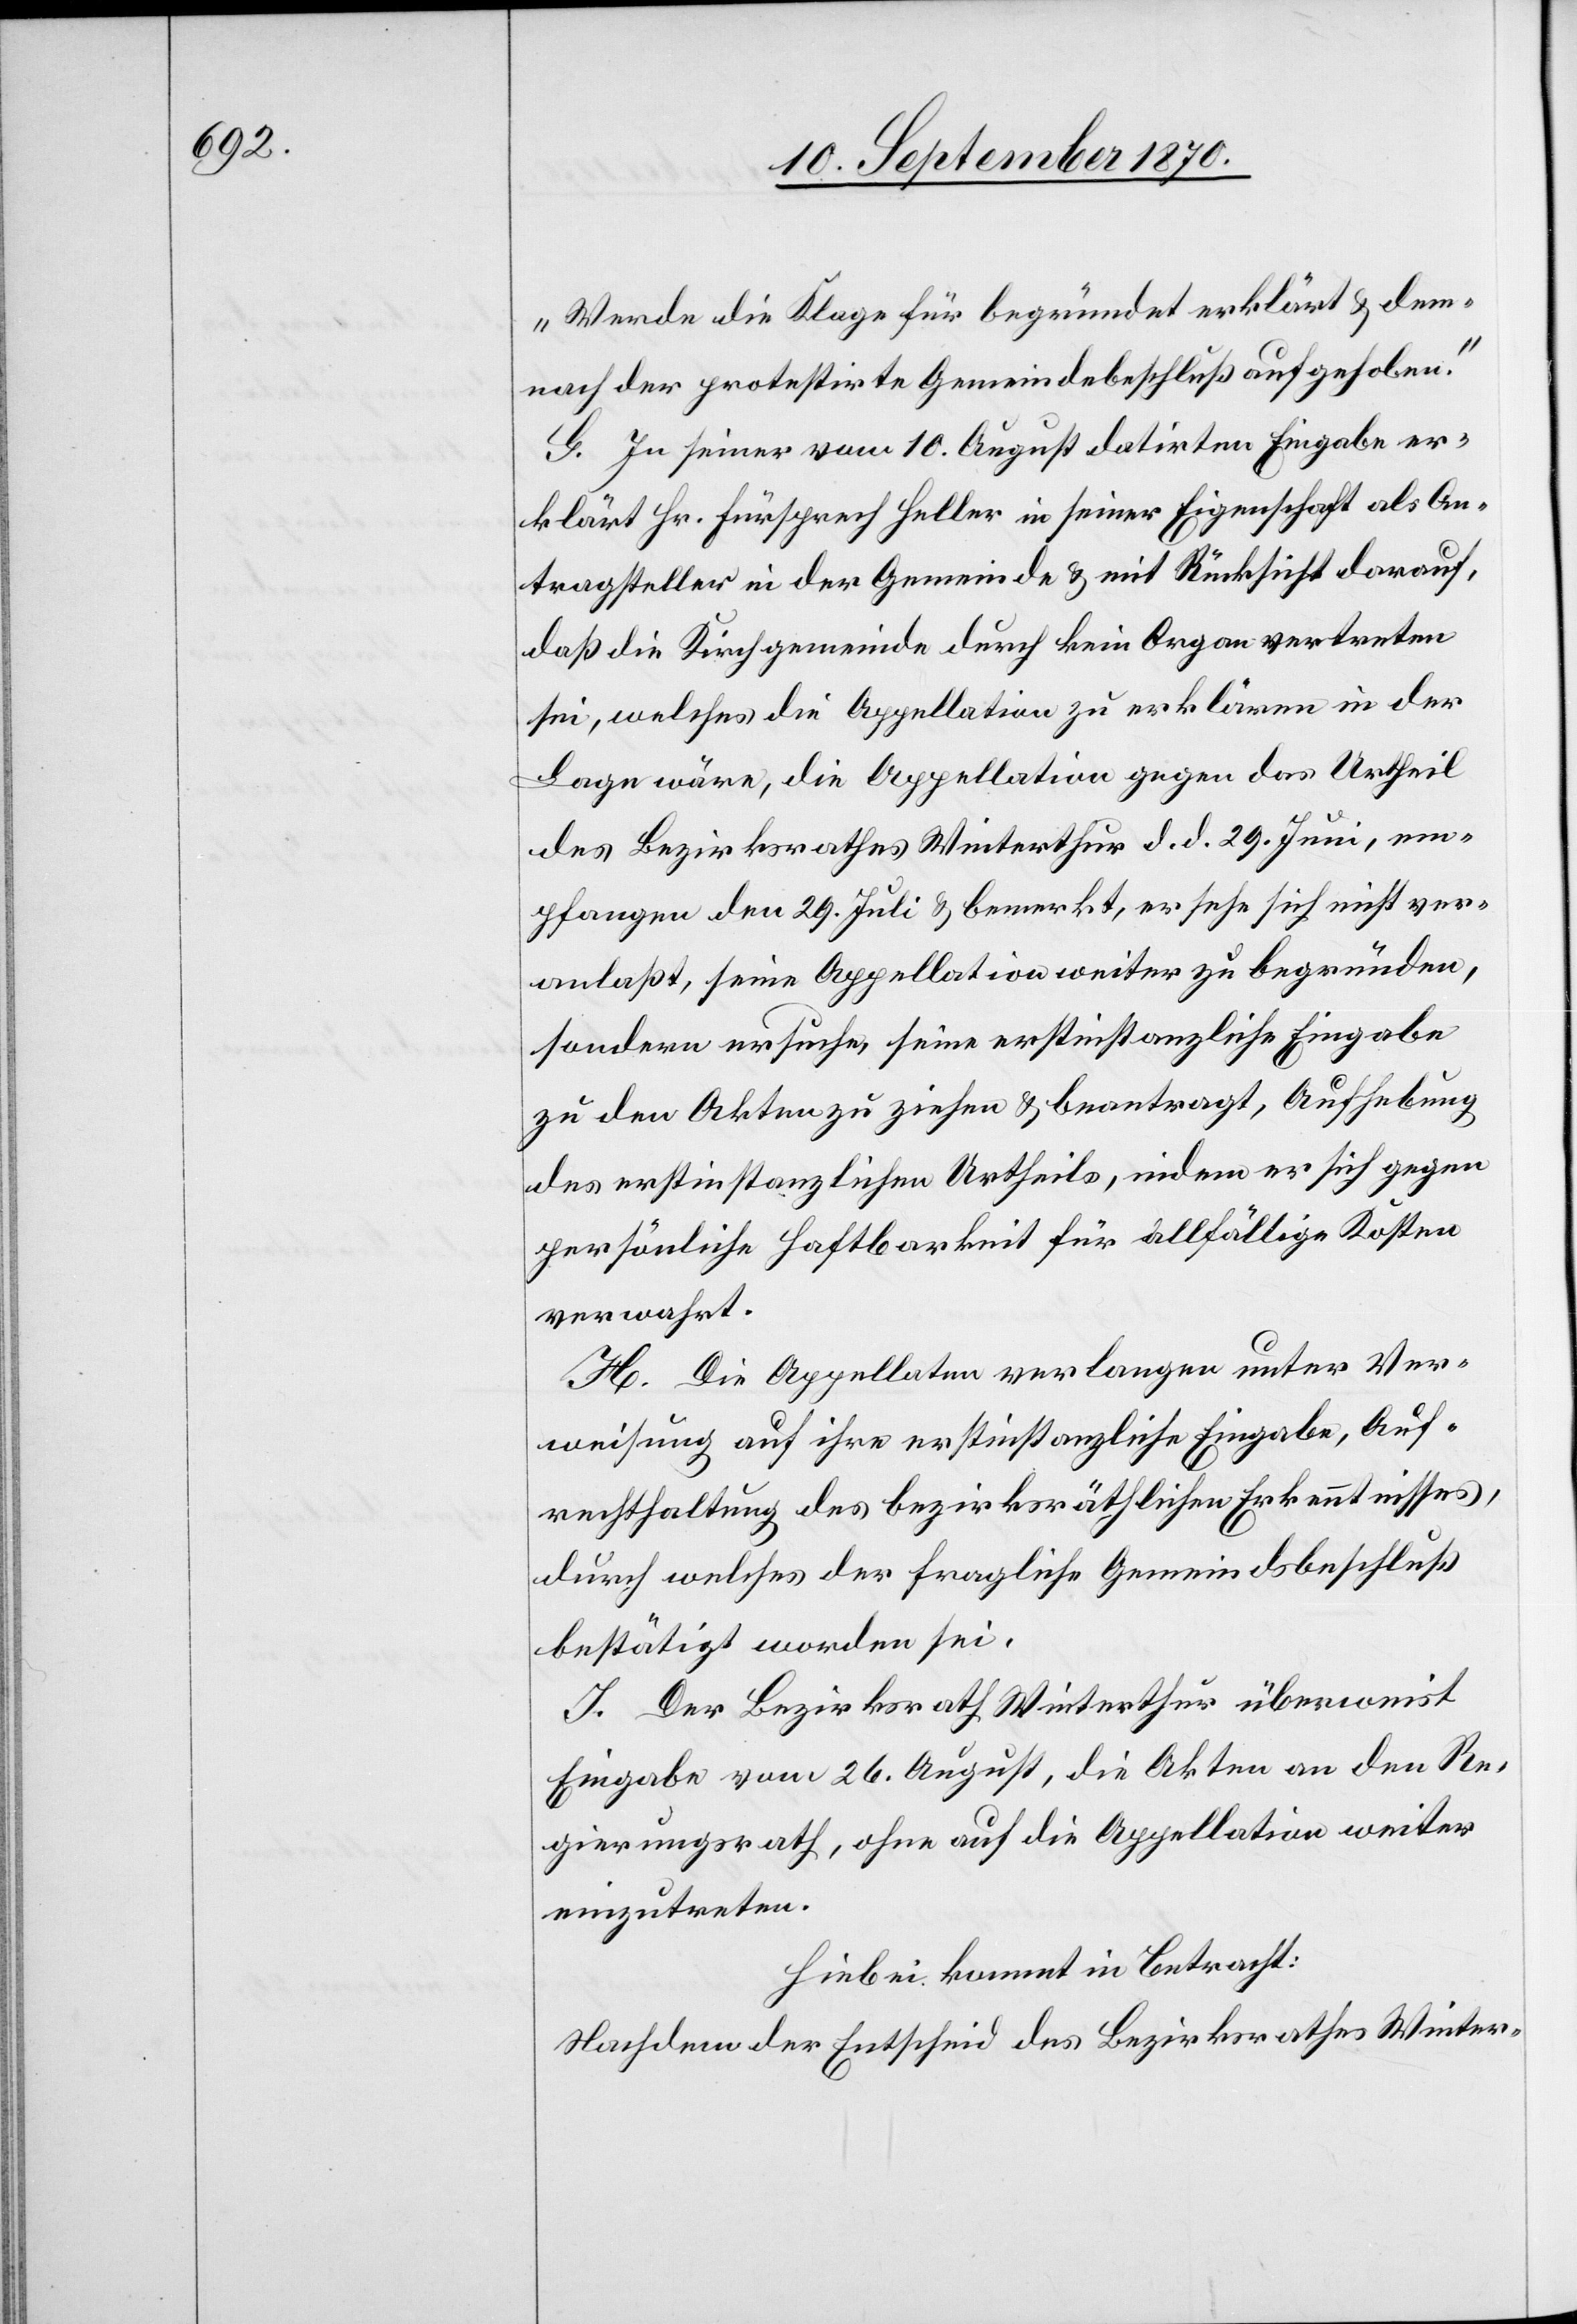
„Werde die Klage für begründet erklärt & dem¬
nach der protestirte Gemeindebeschluß aufgehoben.“
G. In seiner vom 10. August datirten Eingabe er¬
klärt Hr. Fürsprech Heller in seiner Eigenschaft als An¬
tragsteller in der Gemeinde & mit Rücksicht darauf,
daß die Kirchgemeinde durch kein Organ vertreten
sei, welches die Appellation zu erklären in der
Lage wäre, die Appellation gegen das Urtheil
des Bezirksrathes Winterthur d. d. 29. Juni, em¬
pfangen den 29. Juli [sic!] & bemerkt, er sehe sich nicht ver¬
anlaßt, seine Appellation weiter zu begründen,
sondern ersuche, seine erstinstanzliche Eingabe
zu den Akten zu ziehen & beantragt, Aufhebung
des erstinstanzlichen Urtheils, indem er sich gegen
persönliche Haftbarkeit für allfällige Kosten
verwahrt.
H. Die Appellaten verlangen unter Ver¬
weisung auf ihre erstinstanzlichen Eingabe, Auf¬
rechterhaltung des bezirksräthlichen Erkenntnisses,
durch welches der fragliche Gemeindebeschluß
bestätigt worden sei.
J. Der Bezirksrath Winterthur überweist
Eingabe vom 26. August, die Akten an den Re¬
gierungsrath, ohne auf die Appellation weiter
einzutreten.
Hiebei kommt in Betracht:
Nachdem der Entscheid des Bezirksrathes Winter-